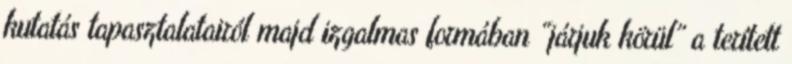
kutatás tapasztalatairól majd izgalmas formában “járjuk körül” a terített